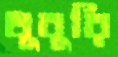
ধুবুরি